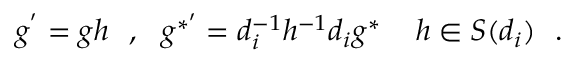
g ^ { ' } = g h \ \ , \ \ g ^ { * ^ { \prime } } = d _ { i } ^ { - 1 } h ^ { - 1 } d _ { i } g ^ { * } \ \, \ \ h \in S ( d _ { i } ) \ \ .